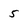
Character: 5